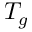
T _ { g }